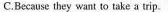
C.Because they want to take a trip